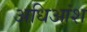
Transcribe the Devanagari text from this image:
अधिआंश